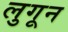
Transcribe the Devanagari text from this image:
लुगून